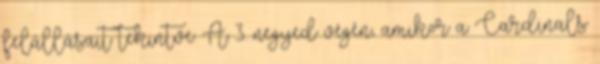
felállásait tekintve: A 3. negyed végén, amikor a Cardinals